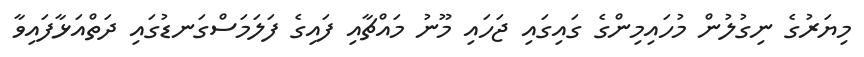
މިޔަރުގެ ނިގުލުން މުހައިމިންގެ ގައިގައި ޖަހައި މޫނު މައްޗާއި ފައިގެ ފަލަމަސްގަނޑުގައި ދަތްއަޅާފައިވާ